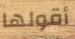
أقولها